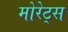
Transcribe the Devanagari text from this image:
मोरेट्स